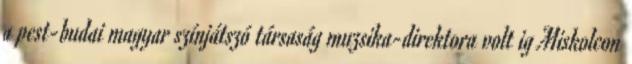
a pest-budai magyar színjátszó társaság muzsika-direktora volt ig Miskolcon